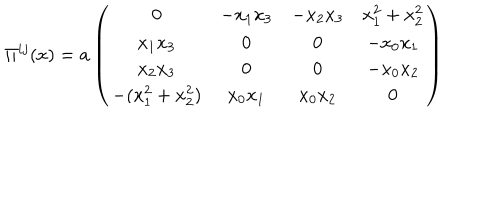
\Pi ^ { i j } ( x ) = a \left( \begin{matrix} { { 0 } } & { { - x _ { 1 } x _ { 3 } } } & { { - x _ { 2 } x _ { 3 } } } & { { x _ { 1 } ^ { 2 } + x _ { 2 } ^ { 2 } } } \\ { { x _ { 1 } x _ { 3 } } } & { { 0 } } & { { 0 } } & { { - x _ { 0 } x _ { 1 } } } \\ { { x _ { 2 } x _ { 3 } } } & { { 0 } } & { { 0 } } & { { - x _ { 0 } x _ { 2 } } } \\ { { - ( x _ { 1 } ^ { 2 } + x _ { 2 } ^ { 2 } ) } } & { { x _ { 0 } x _ { 1 } } } & { { x _ { 0 } x _ { 2 } } } & { { 0 } } \\ \end{matrix} \right)